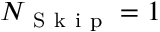
N _ { \mathrm { ~ S ~ k ~ i ~ p ~ } } = 1